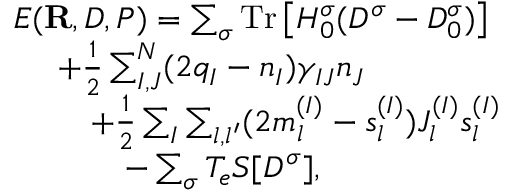
\begin{array} { r l } & { { \cal E } ( { \bf R } , D , P ) = \sum _ { \sigma } \mathrm { T r } \left[ H _ { 0 } ^ { \sigma } ( D ^ { \sigma } - D _ { 0 } ^ { \sigma } ) \right] } \\ & { ~ ~ ~ ~ + \frac { 1 } { 2 } \sum _ { I , J } ^ { N } ( 2 q _ { I } - { n } _ { I } ) \gamma _ { I J } { n } _ { J } } \\ & { ~ ~ ~ ~ ~ ~ ~ + \frac { 1 } { 2 } \sum _ { I } \sum _ { l , l ^ { \prime } } ( 2 m _ { l } ^ { ( I ) } - s _ { l } ^ { ( I ) } ) J _ { l } ^ { ( I ) } s _ { l } ^ { ( I ) } } \\ & { ~ ~ ~ ~ ~ ~ ~ ~ ~ ~ - \sum _ { \sigma } T _ { e } { \cal S } [ D ^ { \sigma } ] , } \end{array}